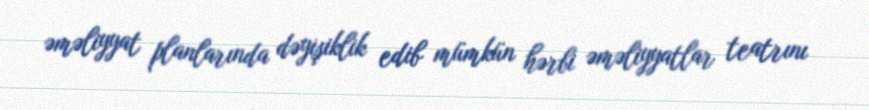
əməliyyat planlarında dəyişiklik edib mümkün hərbi əməliyyatlar teatrını